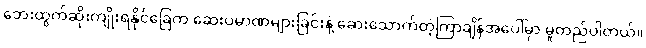
ဘေးထွက်ဆိုးကျိုးရနိုင်ခြေက ဆေးပမာဏများခြင်းနဲ့ ဆေးသောက်တဲ့ကြာချိန်အပေါ်မှာ မူတည်ပါတယ်။